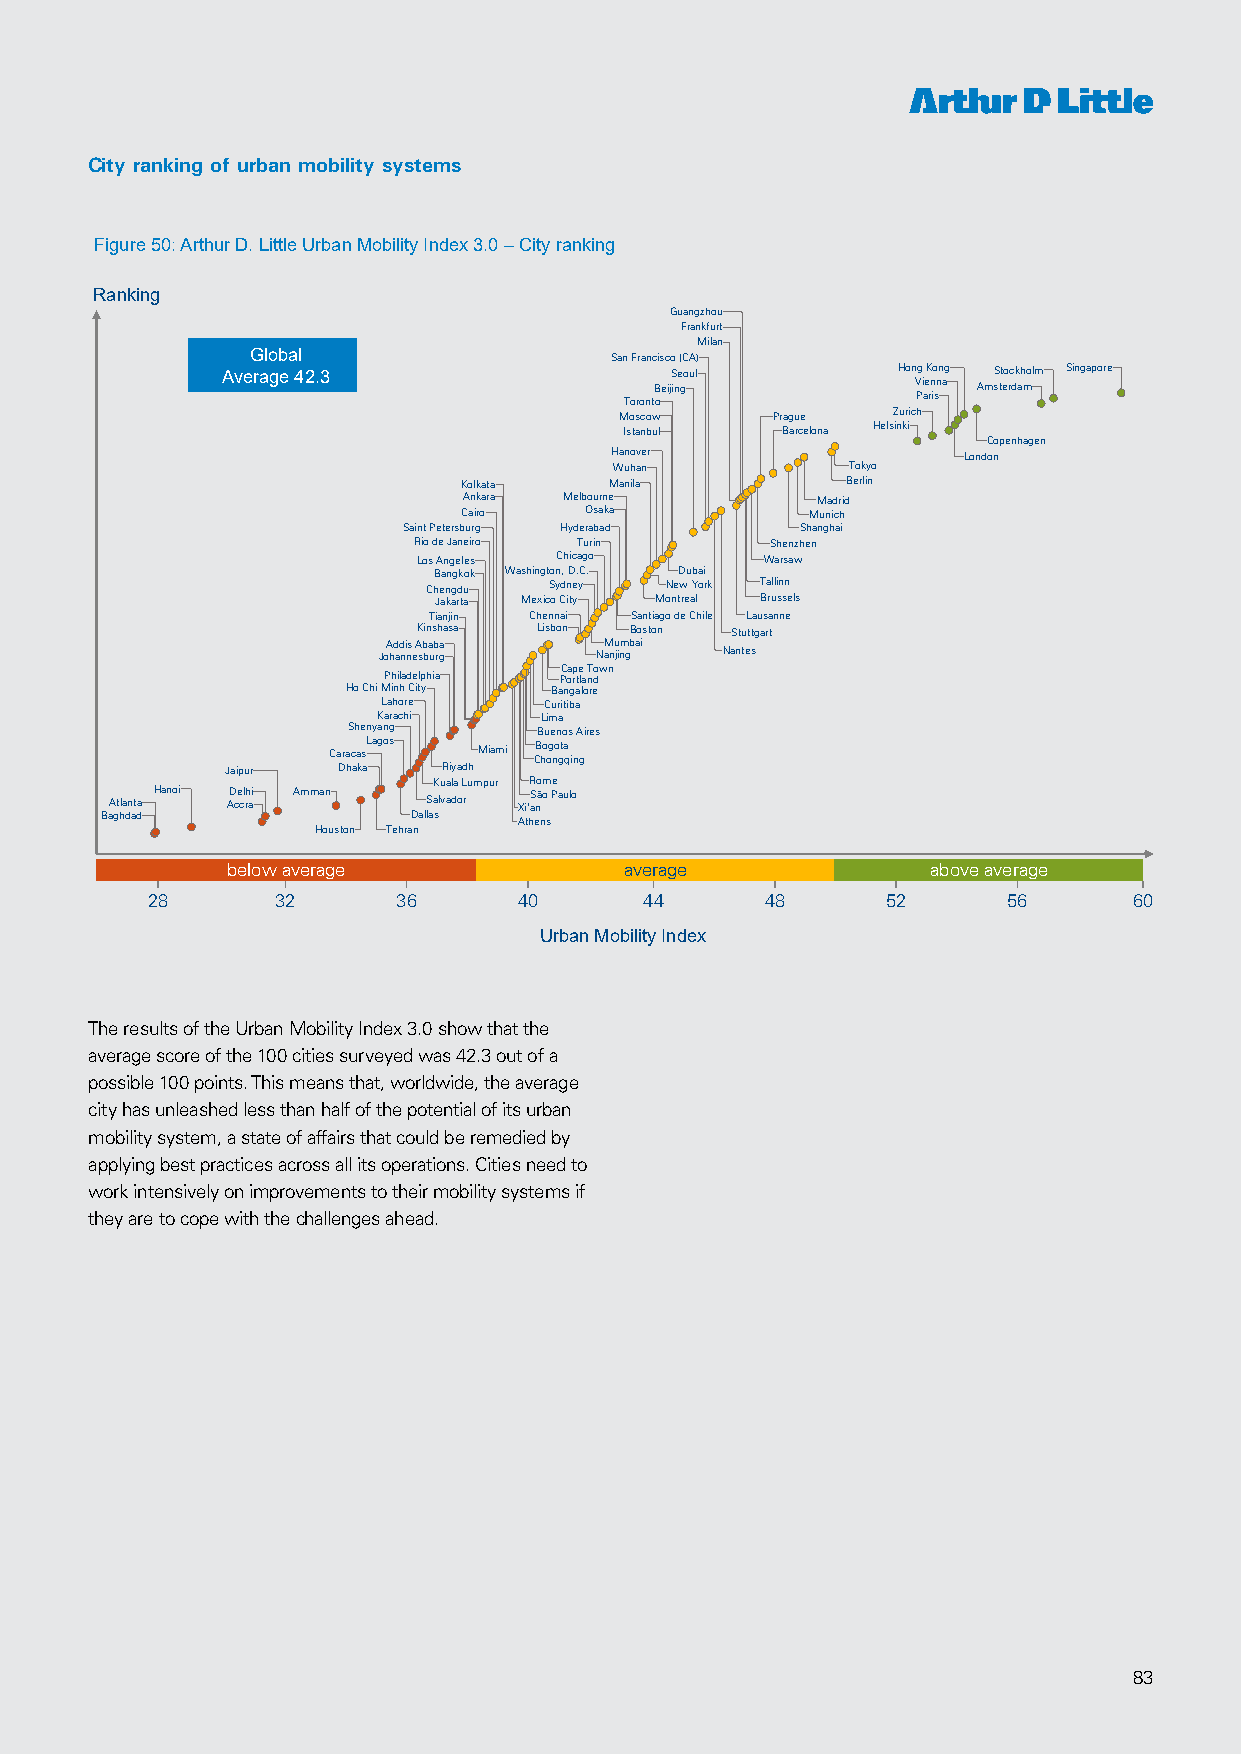
City ranking of urban mobility systems
 Figure 50: Arthur D. Little Urban Mobility Index 3.0 –City ranking
 Ranking
 Guangzhou
 Frankfurt
 Milan
 Global                 San Francisco (CA)
 Average 42.3                 Seoul          Hong Kong Stockholm Singapore
 Beijing           Vienna Amsterdam
 Paris
 Toronto
 Moscow    Prague  Zurich
 Istanbul   Barcelona Helsinki
 Copenhagen
 Hanover                 London
 Wuhan          Tokyo
 Kolkata  Manila          Berlin
 Ankara Melbourne       Madrid
 Cairo   Osaka          Munich
 Saint Petersburg Hyderabad Shanghai
 Rio de Janeiro Turin    Shenzhen
 Los Angeles Chicago    Warsaw
 Bangkok Washington, D.C. Dubai
 Chengdu Sydney  New York Tallinn
 Jakarta Mexico City Montreal Brussels
 Tianjin Chennai Santiago de Chile Lausanne
 Kinshasa Lisbon Boston Stuttgart
 JoA hd ad ni ns eA sb ba ub rga NaM nu jinm gbai Nantes
 Cape Town
 Philadelphia Portland
 Ho Chi Minh City Bangalore
 Lahore     Curitiba
 Karachi    Lima
 Shenyang     Buenos Aires
 CaracasLagos Miami CB ho og no gta
 qing
 Jaipur Dhaka  Riyadh
 Kuala Lumpur Rome
 Atlanta Hanoi AD ce cl rh ai Amman Salvador Xi'aS não Paulo
 Baghdad             Dallas Athens
 Houston Tehran
 below average             average              above average
 28      32      36      40       44      48      52      56      60
 Urban Mobility Index
 Source: Arthur D. Little Urban Mobility Index 3.0; UITP is independent of this index, which does not necessarily reflect its opinion;
 100 index points for city that would achieve best performance on each criteria.
 2
 The results of the Urban Mobility Index 3.0 show that the
 average score of the 100 cities surveyed was 42.3 out of a
 possible 100 points. This means that, worldwide, the average
 city has unleashed less than half of the potential of its urban
 mobility system, a state of affairs that could be remedied by
 applying best practices across all its operations. Cities need to
 work intensively on improvements to their mobility systems if
 they are to cope with the challenges ahead.
 83